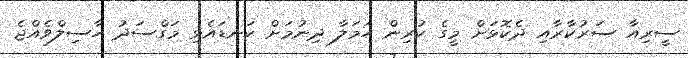
ސީރިއާ ސަރުކާރާއި ދެކޮޅަށް މީގެ ކުރިން ހަމަލާ ދިނުމަށް ކަނޑައެޅި މަގްސަދު ހާސިލްވެއްޖެ